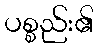
ပစ္စည်း၏